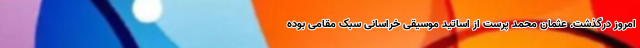
امروز درگذشت. عثمان محمد پرست از اساتید موسیقی خراسانی سبک مقامی بوده